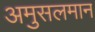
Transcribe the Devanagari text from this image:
अमुसलमान